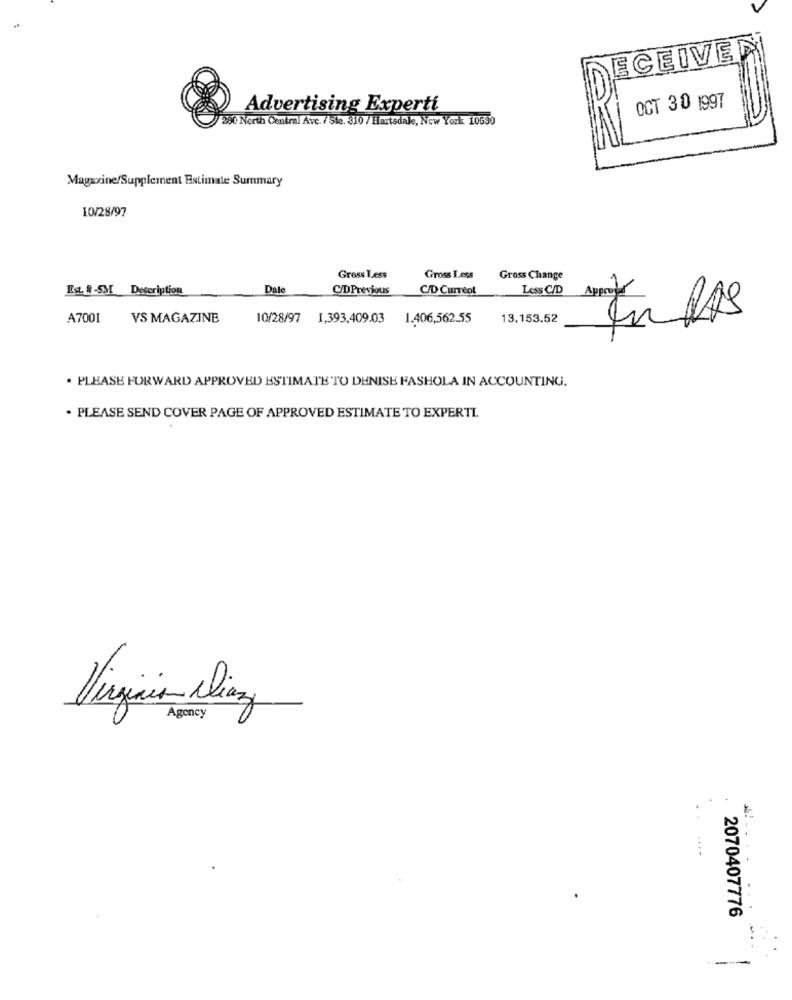
ECEIVEN
Advertising Experti
OCT 30 1997
280 North Central Avc. / Sie, 310 / Hartsdale, New York 10530
Magazine/Supplement Estimate Summary
10/28/97
Gross Less
Gross I.ess
Gross Change
Est. #-SM Description
Date
C/DPrevious
C/D Current
Less C/D
Approval
A7001
VS MAGAZINE
10/28/97 1,393,409.03
1.406,562.55
13,153.52
In DAS
. PLEASE FORWARD APPROVED ESTIMATE TO DENISE FASHOLA IN ACCOUNTING.
. PLEASE SEND COVER PAGE OF APPROVED ESTIMATE TO EXPERTI
Agency
2070407776